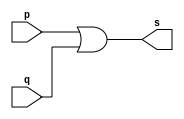
// Exemplo0004 - OR 
// Nome: Samuel Eusbio da Silva

// or gate 

	module orgate ( output s, input p, q); 
	assign s = p | q;
	endmodule //--orgate 
	
	// --------------------- 
	// -- test or gate 
	// --------------------- 
	
	module testorgate; 
	// ------------------------- dados locais 
	reg a, b; // definir registradores 
	wire s; // definir conexao (fio) 
	
	// ------------------------- instancia 
	orgate OR1 (s, a, b); 
	
	// ------------------------- preparacao 
	initial begin:start 
	// atribuicao simultanea dos valores iniciais
	a=0; b=0; 
	end 
	
	// ------------------------- parte principal 
	initial begin 
	$display("Exemplo0004 - Samuel Eusbio da Silva - 435055"); 
	$display("Test OR gate");
	$display("\na & b = s\n");
	a=0; b=0;
	#1 $display("%b & %b = %b", a, b, s); 
	a=0; b=1; 
	#1 $display("%b & %b = %b", a, b, s); 
	a=1; b=0; 
	#1 $display("%b & %b = %b", a, b, s); 
	a=1; b=1; 
	#1 $display("%b & %b = %b", a, b, s); 
	end 
	endmodule //--testorgate